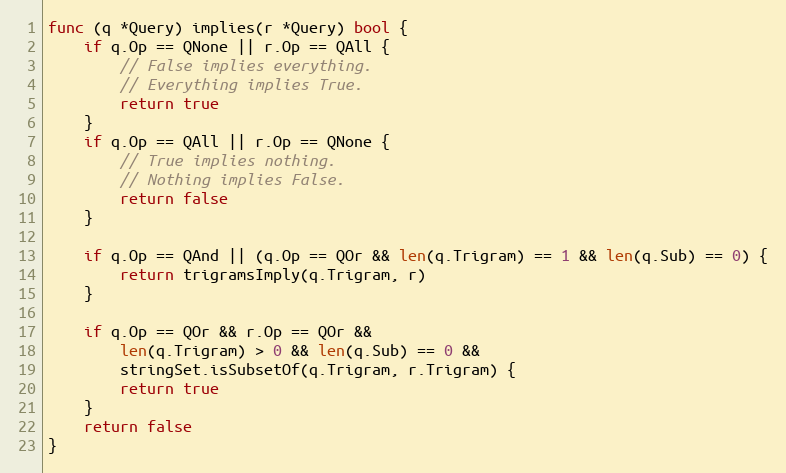
Language: Go
func (q *Query) implies(r *Query) bool {
	if q.Op == QNone || r.Op == QAll {
		// False implies everything.
		// Everything implies True.
		return true
	}
	if q.Op == QAll || r.Op == QNone {
		// True implies nothing.
		// Nothing implies False.
		return false
	}

	if q.Op == QAnd || (q.Op == QOr && len(q.Trigram) == 1 && len(q.Sub) == 0) {
		return trigramsImply(q.Trigram, r)
	}

	if q.Op == QOr && r.Op == QOr &&
		len(q.Trigram) > 0 && len(q.Sub) == 0 &&
		stringSet.isSubsetOf(q.Trigram, r.Trigram) {
		return true
	}
	return false
}